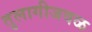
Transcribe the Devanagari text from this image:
तुलागीजवळ